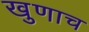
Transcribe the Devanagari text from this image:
खुणाच